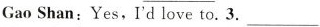
GaoShan:Yes,I'd love to.3.___